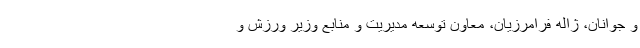
و جوانان، ژاله فرامرزیان، معاون توسعه مدیریت و منابع وزیر ورزش و